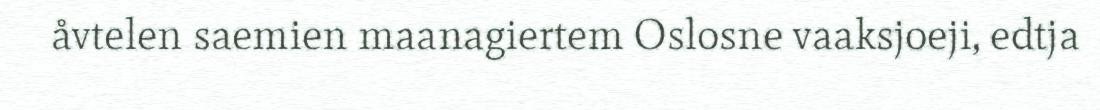
åvtelen saemien maanagiertem Oslosne vaaksjoeji, edtja